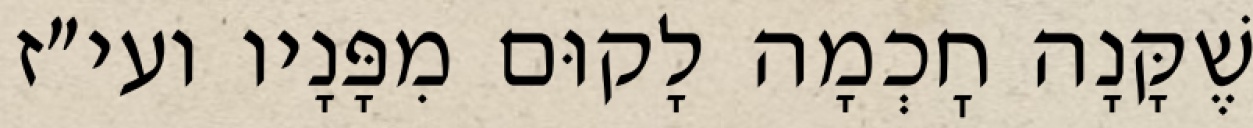
שֶׁקָּנָה חׇכְמָה לָקוּם מִפָּנָיו ועי״ז